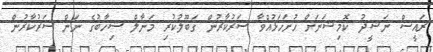
ރައީސް ނަޝީދު ކޮމިޝަނަށް ހުށަހަޅުއްވާ ސަރުކާރުން ގަބޫލުކުރި މަނާލް ޝިހާބުގެ ނަން ސަރުކާރުން